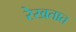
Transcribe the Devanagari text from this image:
रेखतात